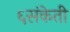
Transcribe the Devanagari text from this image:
६संकेती